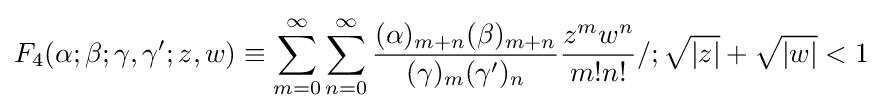
F_{4}(\alpha ;\beta ;\gamma ,\gamma ';z,w)\equiv \sum _{m=0}^{\infty }\sum _{n=0}^{\infty }{\frac {(\alpha )_{m+n}(\beta )_{m+n}}{(\gamma )_{m}(\gamma ')_{n}}}{\frac {z^{m}w^{n}}{m!n!}}/;{\sqrt {|z|}}+{\sqrt {|w|}}<1